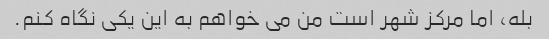
بله، اما مرکز شهر است من می خواهم به این یکی نگاه کنم.